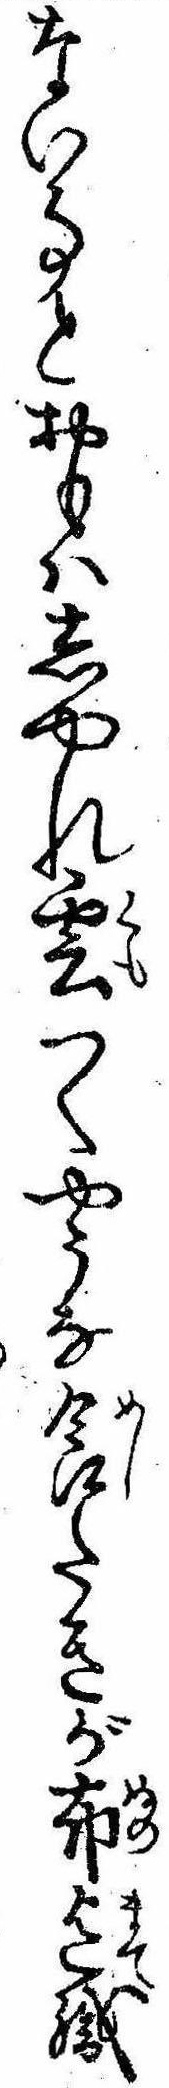
ない事とおもはしやれ雲つくやうな食たきが布迄織